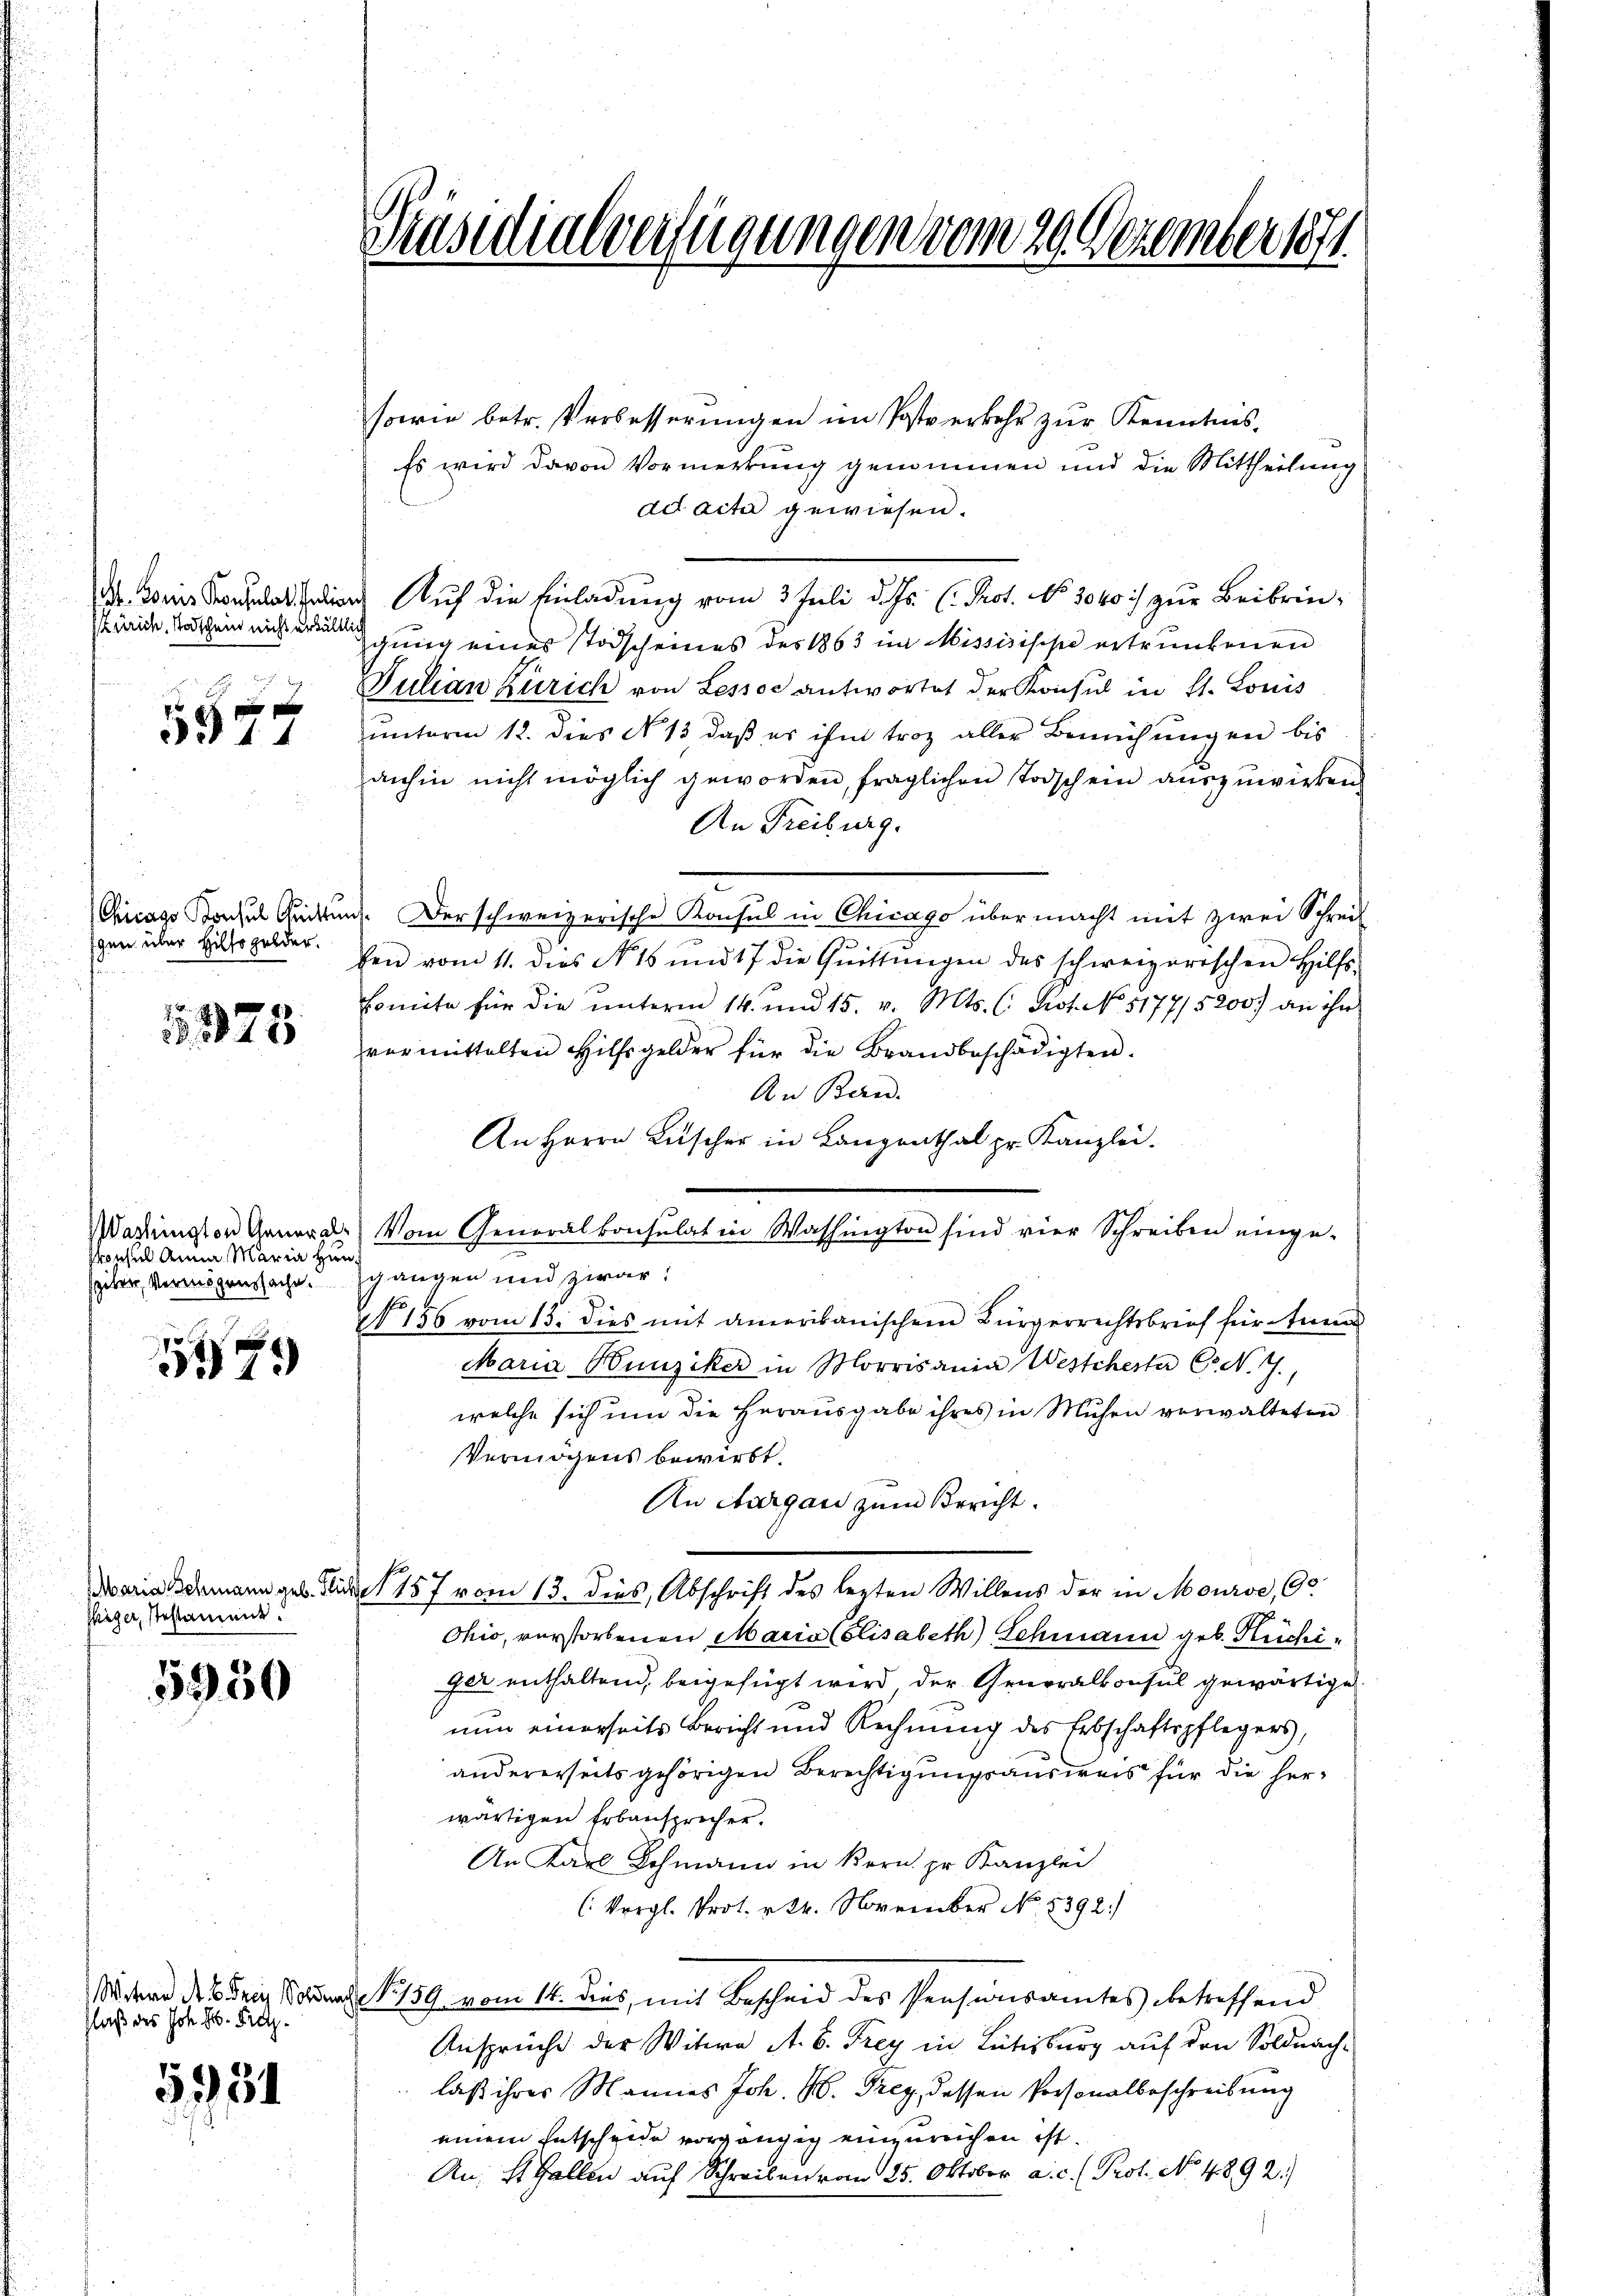
t. Louis Konsulat Julian
Zürich, Todschein nicht erhältlich

p p
3379

gen über Hilfsgelder.

1325

skonsul Anna Maria Hin¬

1579

sieger, stestament.

5950

laß des Joh. H. Pretz¬

5351

Präsidialverfügungen vom 20. Dezember 1874

sowie betr. Verbesserungen im Postverkehr zur Kenntnis,
Es wird davon Vormerkung genommen und die Mittheilung
ad acta gewiesen.
Auf die Einladung vom 3. Juli d. Js. (Prot. No. 3040 :/ zur Beibringung eines Todscheines des 1863 im Missisische ertrunkenen
Julian Zürich von Lessor antwortet der Konsul in St. Louis
unterm 12. dies N. 13, daß es ihm troz aller Bemühungen bis
anhin nicht möglich geworden, fraglichen Todschein aŭszŭwieben
An Freiburg.
Chicago Konsul Quittung. Der schweizerische Konsul in Chicago über macht mit zwei Schreib
ben vom 11. dies N. 15 und 17 die Quittungen des schweizerischen Hilfs-
Bonita für die unterm 14. und 15. v. Mts. (: Prot. No. 5177/5200) an ihr
vermittelten Hilfsgelder für die Brandbeschädigten.
An Bern.
An Herrn Luscher in Langenthal pr. Kanzlei.
Wadington Generals vom Generalkonsulat in Washington sind vier Schreiben einge-
seiter, Vermögenssache. Schangen und zwar:
Fr
V 156 vom 13. dies mit amerikanischem Bürgerrechtsbrief für tun
Maria Hunziker in Morrisania Westchester C. N. 7.
welche sich um die Herausgabe ihres in Mühen verwalteten
Vermögens bewirkt.
An churgau zum Bericht.
s
Maria demann geb. Surse 157 vom 13. dies, Abschrift des lezten Willens der in Mourse, Go
Ohio, verstorbenen Maria Elisabeth Schmann geb. Ruchiger enthaltend, beigefügt wird der Generalkonsul gewärtige.
nun einerseits Bericht und Rechnung des Erbschaftspflegers,
andererseits gehörigen Berechtigungsausweis für die herwärtigen Erbansprecher.
An Karl Schmann in Kern pr. Kanzlei
(Vergl. Prot. 24. November No. 8392.
ter des Dein Sohne No. 159 vom 14. dies, mit Bescheid des Pensionsamtes betreffend
Ansprüche der Witwe A. B. Frey in Rütisburg auf den Soldnachlaß ihres Mannes Joh. H. Frey, dessen Personalbeschreibung
einem Entscheide vorgängig einzureichen ist.
An; St. Gallen auf Schreiben von 25. Oktober a.c. (Prot. No 4892.)